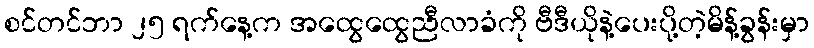
စင်တင်ဘာ ၂၅ ရက်နေ့က အထွေထွေညီလာခံကို ဗီဒီယိုနဲ့ပေးပို့တဲ့မိန့်ခွန်းမှာ